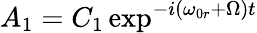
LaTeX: A_{1}=C_{1}\exp^{-i(\omega_{0r}+\Omega)t}